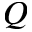
Q